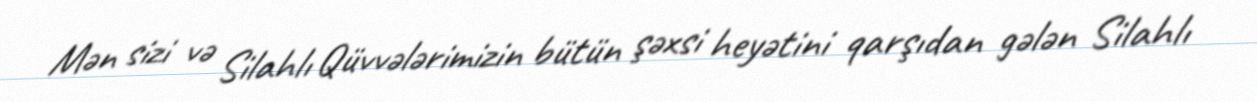
Mən sizi və Silahlı Qüvvələrimizin bütün şəxsi heyətini qarşıdan gələn Silahlı